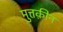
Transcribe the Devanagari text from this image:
मुत्तक़ीन